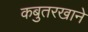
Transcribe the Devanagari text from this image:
कबुतरखाने